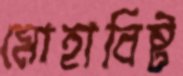
মোহাবিষ্ট